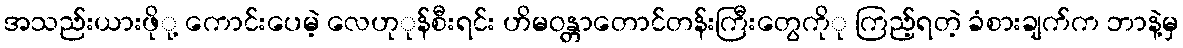
အသည်းယားဖိုု့ ကောင်းပေမဲ့ လေဟုုန်စီးရင်း ဟိမဝန္တာတောင်တန်းကြီးတွေကိုု ကြည့်ရတဲ့ ခံစားချက်က ဘာနဲ့မှ